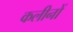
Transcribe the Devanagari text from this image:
कलीनों